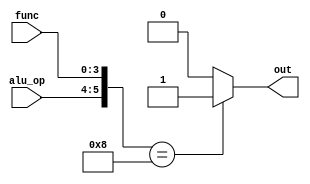
module jr_control(alu_op,func,out);

	input [1:0] alu_op;
	input [3:0] func;
	output out;

	assign out = ({alu_op,func}==6'b001000)?1'b1:1'b0;

endmodule